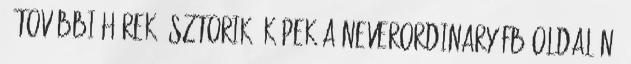
. További hírek, sztorik, képek a Neverordinary FB oldalán.